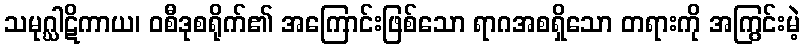
သမုဂ္ဃါဋိကာယ၊ ဝစီဒုစရိုက်၏ အကြောင်းဖြစ်သော ရာဂအစရှိသော တရားကို အကြွင်းမဲ့